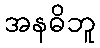
အနဓိဘူ